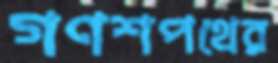
গণশপথের